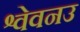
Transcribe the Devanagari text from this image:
श्वेवनउ